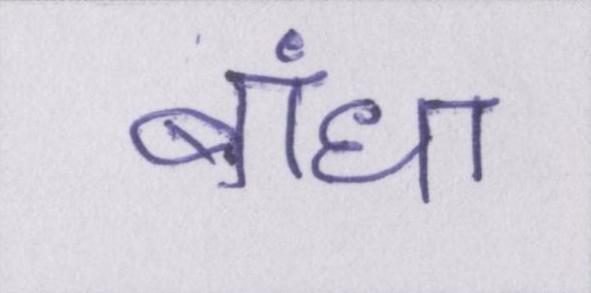
बांधा